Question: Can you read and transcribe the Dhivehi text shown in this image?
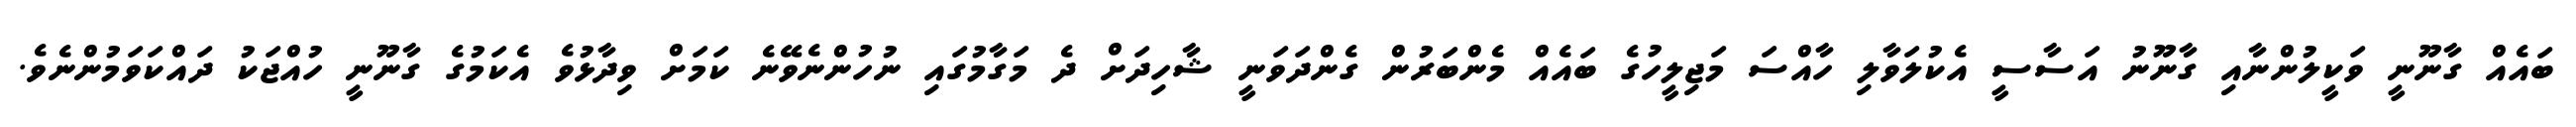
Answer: ބައެއް ގާނޫނީ ވަކީލުންނާއި ގާނޫނު އަސާސީ އެކުލަވާލި ހާއްސަ މަޖިލީހުގެ ބައެއް މެންބަރުން ގެންދަވަނީ ޝާހިދަށް ދެ މަގާމުގައި ނުހުންނެވޭނެ ކަމަށް ވިދާޅުވެ އެކަމުގެ ގާނޫނީ ހުއްޖަކު ދައްކަވަމުންނެވެ.